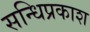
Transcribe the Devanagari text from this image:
सन्धिप्रकाश